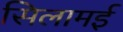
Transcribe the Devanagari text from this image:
सिलामई